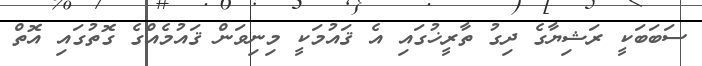
ސަބަބަކީ ރަޝިޔާގެ ދިގު ތާރީޚުގައި އެ ޤައުމަކީ މިނިވަން ޤައުމެއްގެ ގޮތުގައި އޮތް